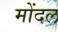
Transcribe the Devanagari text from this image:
मोंदल